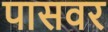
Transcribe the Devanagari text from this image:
पासवर